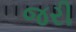
જરી